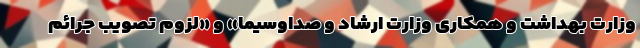
وزارت بهداشت و همکاری وزارت ارشاد و صداوسیما» و «لزوم تصویب جرائم